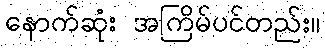
နောက်ဆုံး အကြိမ်ပင်တည်း။